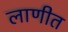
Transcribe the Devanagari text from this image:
लाणीत